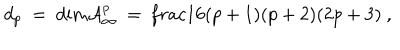
d _ { p } \ = \ \mathrm { d i m } { \cal A } _ { \infty } ^ { p } \ = \, \frac { 1 } { 6 } ( p + 1 ) ( p + 2 ) ( 2 p + 3 ) \ ,